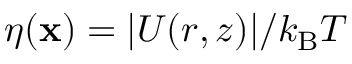
\eta ( \mathbf { x } ) = | U ( r , z ) | / k _ { \mathrm { B } } T